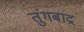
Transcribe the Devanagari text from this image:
तुंगबाद्र